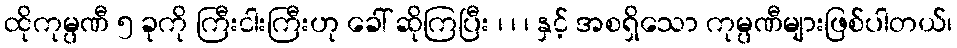
ထိုကုမ္ပဏီ ၅ ခုကို ကြီးငါးကြီးဟု ခေါ် ဆိုကြပြီး ၊ ၊ ၊ နှင့် အစရှိသော ကုမ္ပဏီများဖြစ်ပါတယ်၊